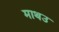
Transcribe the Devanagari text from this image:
माथउ